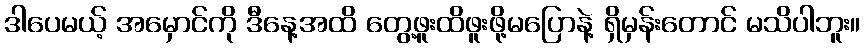
ဒါပေမယ့် အမှောင်ကို ဒီနေ့အထိ တွေ့ဖူးထိဖူးဖို့မပြောနဲ့ ရှိမှန်းတောင် မသိပါဘူး။